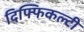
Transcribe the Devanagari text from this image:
दिफ्फिकल्टी